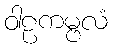
ဝါဠကမ္ဗလံ